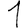
Digit: 1